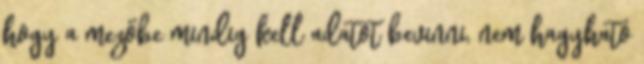
hogy a mezőbe mindig kell adatot bevinni, nem hagyható